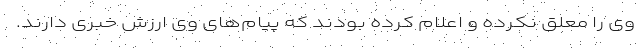
وی را معلق نکرده و اعلام کرده بودند که پیام‌های وی ارزش خبری دارند.